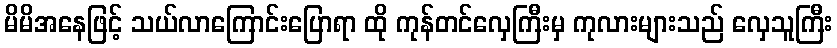
မိမိအနေဖြင့် သယ်လာကြောင်းပြောရာ ထို ကုန်တင်လှေကြီးမှ ကုလားများသည် လှေသူကြီး